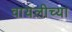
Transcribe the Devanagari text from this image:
वायलीच्या